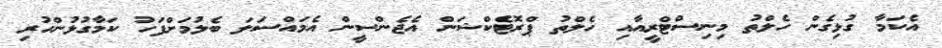
އެކަމާ ގުޅިގެން ހެލްތު މިނިސްޓްރީއާއި ހެލްތު ޕްރޮޓެކްޝަން އެޖެންސީން އެމައްސަލަ ބެލުމަށްފަހު ކަމާގުޅުންހުރި